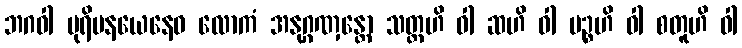
ဘဂဝါ ပုရိမနယေနေဝ လောကံ အနုဂ္ဂဏှန္တော သတ္တဟိ ဝါ ဆဟိ ဝါ ပဉ္စဟိ ဝါ စတူဟိ ဝါ